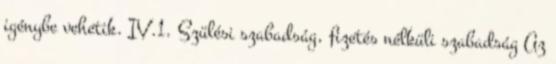
igénybe vehetik. IV.1. Szülési szabadság, fizetés nélküli szabadság Az